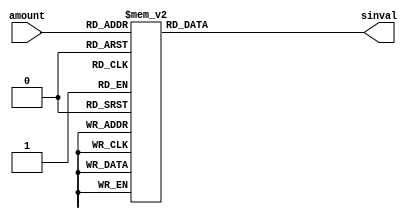
module sinLUT(amount, sinval);
  input [9:0] amount;
  output reg [23:0] sinval;

 always @(amount) begin
   case (amount)
    0: sinval <= 0;
    1: sinval <= 61419;
    2: sinval <= 122835;
    3: sinval <= 184247;
    4: sinval <= 245652;
    5: sinval <= 307048;
    6: sinval <= 368432;
    7: sinval <= 429802;
    8: sinval <= 491156;
    9: sinval <= 552491;
    10: sinval <= 613806;
    11: sinval <= 675097;
    12: sinval <= 736363;
    13: sinval <= 797602;
    14: sinval <= 858810;
    15: sinval <= 919985;
    16: sinval <= 981126;
    17: sinval <= 1042230;
    18: sinval <= 1103295;
    19: sinval <= 1164318;
    20: sinval <= 1225297;
    21: sinval <= 1286230;
    22: sinval <= 1347115;
    23: sinval <= 1407948;
    24: sinval <= 1468729;
    25: sinval <= 1529454;
    26: sinval <= 1590121;
    27: sinval <= 1650728;
    28: sinval <= 1711274;
    29: sinval <= 1771754;
    30: sinval <= 1832168;
    31: sinval <= 1892512;
    32: sinval <= 1952786;
    33: sinval <= 2012985;
    34: sinval <= 2073109;
    35: sinval <= 2133154;
    36: sinval <= 2193119;
    37: sinval <= 2253001;
    38: sinval <= 2312799;
    39: sinval <= 2372509;
    40: sinval <= 2432129;
    41: sinval <= 2491658;
    42: sinval <= 2551092;
    43: sinval <= 2610431;
    44: sinval <= 2669671;
    45: sinval <= 2728810;
    46: sinval <= 2787847;
    47: sinval <= 2846778;
    48: sinval <= 2905602;
    49: sinval <= 2964316;
    50: sinval <= 3022918;
    51: sinval <= 3081407;
    52: sinval <= 3139779;
    53: sinval <= 3198032;
    54: sinval <= 3256165;
    55: sinval <= 3314176;
    56: sinval <= 3372061;
    57: sinval <= 3429819;
    58: sinval <= 3487447;
    59: sinval <= 3544944;
    60: sinval <= 3602308;
    61: sinval <= 3659535;
    62: sinval <= 3716625;
    63: sinval <= 3773574;
    64: sinval <= 3830381;
    65: sinval <= 3887043;
    66: sinval <= 3943559;
    67: sinval <= 3999925;
    68: sinval <= 4056142;
    69: sinval <= 4112205;
    70: sinval <= 4168112;
    71: sinval <= 4223863;
    72: sinval <= 4279454;
    73: sinval <= 4334884;
    74: sinval <= 4390151;
    75: sinval <= 4445251;
    76: sinval <= 4500185;
    77: sinval <= 4554948;
    78: sinval <= 4609539;
    79: sinval <= 4663957;
    80: sinval <= 4718199;
    81: sinval <= 4772262;
    82: sinval <= 4826146;
    83: sinval <= 4879848;
    84: sinval <= 4933365;
    85: sinval <= 4986696;
    86: sinval <= 5039840;
    87: sinval <= 5092793;
    88: sinval <= 5145554;
    89: sinval <= 5198121;
    90: sinval <= 5250492;
    91: sinval <= 5302665;
    92: sinval <= 5354637;
    93: sinval <= 5406408;
    94: sinval <= 5457975;
    95: sinval <= 5509336;
    96: sinval <= 5560489;
    97: sinval <= 5611432;
    98: sinval <= 5662164;
    99: sinval <= 5712682;
    100: sinval <= 5762985;
    101: sinval <= 5813070;
    102: sinval <= 5862936;
    103: sinval <= 5912581;
    104: sinval <= 5962002;
    105: sinval <= 6011199;
    106: sinval <= 6060169;
    107: sinval <= 6108910;
    108: sinval <= 6157421;
    109: sinval <= 6205700;
    110: sinval <= 6253745;
    111: sinval <= 6301553;
    112: sinval <= 6349124;
    113: sinval <= 6396456;
    114: sinval <= 6443546;
    115: sinval <= 6490393;
    116: sinval <= 6536995;
    117: sinval <= 6583351;
    118: sinval <= 6629458;
    119: sinval <= 6675315;
    120: sinval <= 6720921;
    121: sinval <= 6766273;
    122: sinval <= 6811369;
    123: sinval <= 6856209;
    124: sinval <= 6900790;
    125: sinval <= 6945111;
    126: sinval <= 6989170;
    127: sinval <= 7032965;
    128: sinval <= 7076494;
    129: sinval <= 7119757;
    130: sinval <= 7162752;
    131: sinval <= 7205476;
    132: sinval <= 7247928;
    133: sinval <= 7290107;
    134: sinval <= 7332011;
    135: sinval <= 7373638;
    136: sinval <= 7414987;
    137: sinval <= 7456056;
    138: sinval <= 7496844;
    139: sinval <= 7537350;
    140: sinval <= 7577571;
    141: sinval <= 7617506;
    142: sinval <= 7657153;
    143: sinval <= 7696512;
    144: sinval <= 7735581;
    145: sinval <= 7774358;
    146: sinval <= 7812841;
    147: sinval <= 7851030;
    148: sinval <= 7888923;
    149: sinval <= 7926518;
    150: sinval <= 7963814;
    151: sinval <= 8000809;
    152: sinval <= 8037503;
    153: sinval <= 8073893;
    154: sinval <= 8109979;
    155: sinval <= 8145760;
    156: sinval <= 8181232;
    157: sinval <= 8216396;
    158: sinval <= 8251251;
    159: sinval <= 8285794;
    160: sinval <= 8320024;
    161: sinval <= 8353940;
    162: sinval <= 8387542;
    163: sinval <= 8420827;
    164: sinval <= 8453794;
    165: sinval <= 8486443;
    166: sinval <= 8518771;
    167: sinval <= 8550778;
    168: sinval <= 8582462;
    169: sinval <= 8613823;
    170: sinval <= 8644858;
    171: sinval <= 8675568;
    172: sinval <= 8705950;
    173: sinval <= 8736004;
    174: sinval <= 8765728;
    175: sinval <= 8795122;
    176: sinval <= 8824184;
    177: sinval <= 8852913;
    178: sinval <= 8881308;
    179: sinval <= 8909368;
    180: sinval <= 8937092;
    181: sinval <= 8964479;
    182: sinval <= 8991527;
    183: sinval <= 9018237;
    184: sinval <= 9044606;
    185: sinval <= 9070634;
    186: sinval <= 9096320;
    187: sinval <= 9121663;
    188: sinval <= 9146661;
    189: sinval <= 9171315;
    190: sinval <= 9195623;
    191: sinval <= 9219583;
    192: sinval <= 9243196;
    193: sinval <= 9266460;
    194: sinval <= 9289375;
    195: sinval <= 9311939;
    196: sinval <= 9334152;
    197: sinval <= 9356013;
    198: sinval <= 9377521;
    199: sinval <= 9398676;
    200: sinval <= 9419475;
    201: sinval <= 9439920;
    202: sinval <= 9460008;
    203: sinval <= 9479739;
    204: sinval <= 9499113;
    205: sinval <= 9518128;
    206: sinval <= 9536785;
    207: sinval <= 9555081;
    208: sinval <= 9573017;
    209: sinval <= 9590592;
    210: sinval <= 9607806;
    211: sinval <= 9624657;
    212: sinval <= 9641144;
    213: sinval <= 9657268;
    214: sinval <= 9673028;
    215: sinval <= 9688423;
    216: sinval <= 9703452;
    217: sinval <= 9718116;
    218: sinval <= 9732412;
    219: sinval <= 9746342;
    220: sinval <= 9759904;
    221: sinval <= 9773098;
    222: sinval <= 9785923;
    223: sinval <= 9798379;
    224: sinval <= 9810465;
    225: sinval <= 9822181;
    226: sinval <= 9833527;
    227: sinval <= 9844502;
    228: sinval <= 9855105;
    229: sinval <= 9865337;
    230: sinval <= 9875196;
    231: sinval <= 9884683;
    232: sinval <= 9893797;
    233: sinval <= 9902538;
    234: sinval <= 9910905;
    235: sinval <= 9918899;
    236: sinval <= 9926518;
    237: sinval <= 9933763;
    238: sinval <= 9940633;
    239: sinval <= 9947128;
    240: sinval <= 9953248;
    241: sinval <= 9958992;
    242: sinval <= 9964361;
    243: sinval <= 9969354;
    244: sinval <= 9973971;
    245: sinval <= 9978211;
    246: sinval <= 9982075;
    247: sinval <= 9985563;
    248: sinval <= 9988673;
    249: sinval <= 9991407;
    250: sinval <= 9993765;
    251: sinval <= 9995745;
    252: sinval <= 9997348;
    253: sinval <= 9998574;
    254: sinval <= 9999422;
    255: sinval <= 9999894;
    256: sinval <= 9999988;
    257: sinval <= 9999705;
    258: sinval <= 9999045;
    259: sinval <= 9998008;
    260: sinval <= 9996593;
    261: sinval <= 9994802;
    262: sinval <= 9992633;
    263: sinval <= 9990088;
    264: sinval <= 9987165;
    265: sinval <= 9983866;
    266: sinval <= 9980190;
    267: sinval <= 9976138;
    268: sinval <= 9971709;
    269: sinval <= 9966904;
    270: sinval <= 9961724;
    271: sinval <= 9956167;
    272: sinval <= 9950235;
    273: sinval <= 9943927;
    274: sinval <= 9937245;
    275: sinval <= 9930187;
    276: sinval <= 9922755;
    277: sinval <= 9914949;
    278: sinval <= 9906769;
    279: sinval <= 9898214;
    280: sinval <= 9889287;
    281: sinval <= 9879986;
    282: sinval <= 9870313;
    283: sinval <= 9860267;
    284: sinval <= 9849850;
    285: sinval <= 9839061;
    286: sinval <= 9827901;
    287: sinval <= 9816369;
    288: sinval <= 9804468;
    289: sinval <= 9792197;
    290: sinval <= 9779556;
    291: sinval <= 9766547;
    292: sinval <= 9753169;
    293: sinval <= 9739423;
    294: sinval <= 9725310;
    295: sinval <= 9710830;
    296: sinval <= 9695983;
    297: sinval <= 9680771;
    298: sinval <= 9665194;
    299: sinval <= 9649252;
    300: sinval <= 9632946;
    301: sinval <= 9616276;
    302: sinval <= 9599244;
    303: sinval <= 9581850;
    304: sinval <= 9564094;
    305: sinval <= 9545978;
    306: sinval <= 9527501;
    307: sinval <= 9508665;
    308: sinval <= 9489471;
    309: sinval <= 9469918;
    310: sinval <= 9450008;
    311: sinval <= 9429742;
    312: sinval <= 9409120;
    313: sinval <= 9388143;
    314: sinval <= 9366812;
    315: sinval <= 9345127;
    316: sinval <= 9323090;
    317: sinval <= 9300701;
    318: sinval <= 9277962;
    319: sinval <= 9254872;
    320: sinval <= 9231433;
    321: sinval <= 9207646;
    322: sinval <= 9183512;
    323: sinval <= 9159031;
    324: sinval <= 9134205;
    325: sinval <= 9109034;
    326: sinval <= 9083520;
    327: sinval <= 9057663;
    328: sinval <= 9031464;
    329: sinval <= 9004925;
    330: sinval <= 8978045;
    331: sinval <= 8950828;
    332: sinval <= 8923272;
    333: sinval <= 8895380;
    334: sinval <= 8867152;
    335: sinval <= 8838590;
    336: sinval <= 8809695;
    337: sinval <= 8780467;
    338: sinval <= 8750908;
    339: sinval <= 8721018;
    340: sinval <= 8690800;
    341: sinval <= 8660254;
    342: sinval <= 8629381;
    343: sinval <= 8598183;
    344: sinval <= 8566660;
    345: sinval <= 8534815;
    346: sinval <= 8502647;
    347: sinval <= 8470158;
    348: sinval <= 8437350;
    349: sinval <= 8404224;
    350: sinval <= 8370781;
    351: sinval <= 8337022;
    352: sinval <= 8302948;
    353: sinval <= 8268561;
    354: sinval <= 8233862;
    355: sinval <= 8198853;
    356: sinval <= 8163534;
    357: sinval <= 8127908;
    358: sinval <= 8091975;
    359: sinval <= 8055736;
    360: sinval <= 8019194;
    361: sinval <= 7982349;
    362: sinval <= 7945203;
    363: sinval <= 7907757;
    364: sinval <= 7870013;
    365: sinval <= 7831973;
    366: sinval <= 7793636;
    367: sinval <= 7755006;
    368: sinval <= 7716083;
    369: sinval <= 7676869;
    370: sinval <= 7637366;
    371: sinval <= 7597574;
    372: sinval <= 7557496;
    373: sinval <= 7517132;
    374: sinval <= 7476486;
    375: sinval <= 7435557;
    376: sinval <= 7394347;
    377: sinval <= 7352859;
    378: sinval <= 7311093;
    379: sinval <= 7269052;
    380: sinval <= 7226736;
    381: sinval <= 7184147;
    382: sinval <= 7141288;
    383: sinval <= 7098159;
    384: sinval <= 7054763;
    385: sinval <= 7011100;
    386: sinval <= 6967173;
    387: sinval <= 6922983;
    388: sinval <= 6878532;
    389: sinval <= 6833821;
    390: sinval <= 6788853;
    391: sinval <= 6743629;
    392: sinval <= 6698150;
    393: sinval <= 6652418;
    394: sinval <= 6606436;
    395: sinval <= 6560204;
    396: sinval <= 6513725;
    397: sinval <= 6467000;
    398: sinval <= 6420031;
    399: sinval <= 6372820;
    400: sinval <= 6325369;
    401: sinval <= 6277679;
    402: sinval <= 6229752;
    403: sinval <= 6181590;
    404: sinval <= 6133195;
    405: sinval <= 6084568;
    406: sinval <= 6035712;
    407: sinval <= 5986629;
    408: sinval <= 5937319;
    409: sinval <= 5887786;
    410: sinval <= 5838030;
    411: sinval <= 5788055;
    412: sinval <= 5737860;
    413: sinval <= 5687450;
    414: sinval <= 5636825;
    415: sinval <= 5585987;
    416: sinval <= 5534939;
    417: sinval <= 5483681;
    418: sinval <= 5432217;
    419: sinval <= 5380548;
    420: sinval <= 5328676;
    421: sinval <= 5276603;
    422: sinval <= 5224331;
    423: sinval <= 5171862;
    424: sinval <= 5119198;
    425: sinval <= 5066340;
    426: sinval <= 5013292;
    427: sinval <= 4960054;
    428: sinval <= 4906629;
    429: sinval <= 4853020;
    430: sinval <= 4799227;
    431: sinval <= 4745253;
    432: sinval <= 4691100;
    433: sinval <= 4636770;
    434: sinval <= 4582265;
    435: sinval <= 4527588;
    436: sinval <= 4472739;
    437: sinval <= 4417722;
    438: sinval <= 4362538;
    439: sinval <= 4307190;
    440: sinval <= 4251679;
    441: sinval <= 4196008;
    442: sinval <= 4140178;
    443: sinval <= 4084192;
    444: sinval <= 4028052;
    445: sinval <= 3971761;
    446: sinval <= 3915319;
    447: sinval <= 3858730;
    448: sinval <= 3801995;
    449: sinval <= 3745117;
    450: sinval <= 3688097;
    451: sinval <= 3630939;
    452: sinval <= 3573643;
    453: sinval <= 3516213;
    454: sinval <= 3458649;
    455: sinval <= 3400956;
    456: sinval <= 3343134;
    457: sinval <= 3285186;
    458: sinval <= 3227114;
    459: sinval <= 3168921;
    460: sinval <= 3110607;
    461: sinval <= 3052177;
    462: sinval <= 2993631;
    463: sinval <= 2934973;
    464: sinval <= 2876203;
    465: sinval <= 2817326;
    466: sinval <= 2758341;
    467: sinval <= 2699253;
    468: sinval <= 2640063;
    469: sinval <= 2580774;
    470: sinval <= 2521387;
    471: sinval <= 2461905;
    472: sinval <= 2402330;
    473: sinval <= 2342665;
    474: sinval <= 2282911;
    475: sinval <= 2223071;
    476: sinval <= 2163147;
    477: sinval <= 2103141;
    478: sinval <= 2043057;
    479: sinval <= 1982895;
    480: sinval <= 1922658;
    481: sinval <= 1862349;
    482: sinval <= 1801969;
    483: sinval <= 1741522;
    484: sinval <= 1681009;
    485: sinval <= 1620432;
    486: sinval <= 1559795;
    487: sinval <= 1499098;
    488: sinval <= 1438345;
    489: sinval <= 1377538;
    490: sinval <= 1316679;
    491: sinval <= 1255770;
    492: sinval <= 1194813;
    493: sinval <= 1133812;
    494: sinval <= 1072768;
    495: sinval <= 1011683;
    496: sinval <= 950560;
    497: sinval <= 889402;
    498: sinval <= 828210;
    499: sinval <= 766986;
    500: sinval <= 705734;
    501: sinval <= 644455;
    502: sinval <= 583151;
    503: sinval <= 521826;
    504: sinval <= 460481;
    505: sinval <= 399119;
    506: sinval <= 337741;
    507: sinval <= 276351;
    508: sinval <= 214951;
    509: sinval <= 153542;
    510: sinval <= 92128;
    511: sinval <= 30710;
    512: sinval <= -30710;
    513: sinval <= -92128;
    514: sinval <= -153542;
    515: sinval <= -214951;
    516: sinval <= -276351;
    517: sinval <= -337741;
    518: sinval <= -399119;
    519: sinval <= -460481;
    520: sinval <= -521826;
    521: sinval <= -583151;
    522: sinval <= -644455;
    523: sinval <= -705734;
    524: sinval <= -766986;
    525: sinval <= -828210;
    526: sinval <= -889402;
    527: sinval <= -950560;
    528: sinval <= -1011683;
    529: sinval <= -1072768;
    530: sinval <= -1133812;
    531: sinval <= -1194813;
    532: sinval <= -1255770;
    533: sinval <= -1316679;
    534: sinval <= -1377538;
    535: sinval <= -1438345;
    536: sinval <= -1499098;
    537: sinval <= -1559795;
    538: sinval <= -1620432;
    539: sinval <= -1681009;
    540: sinval <= -1741522;
    541: sinval <= -1801969;
    542: sinval <= -1862349;
    543: sinval <= -1922658;
    544: sinval <= -1982895;
    545: sinval <= -2043057;
    546: sinval <= -2103141;
    547: sinval <= -2163147;
    548: sinval <= -2223071;
    549: sinval <= -2282911;
    550: sinval <= -2342665;
    551: sinval <= -2402330;
    552: sinval <= -2461905;
    553: sinval <= -2521387;
    554: sinval <= -2580774;
    555: sinval <= -2640063;
    556: sinval <= -2699253;
    557: sinval <= -2758341;
    558: sinval <= -2817326;
    559: sinval <= -2876203;
    560: sinval <= -2934973;
    561: sinval <= -2993631;
    562: sinval <= -3052177;
    563: sinval <= -3110607;
    564: sinval <= -3168921;
    565: sinval <= -3227114;
    566: sinval <= -3285186;
    567: sinval <= -3343134;
    568: sinval <= -3400956;
    569: sinval <= -3458649;
    570: sinval <= -3516213;
    571: sinval <= -3573643;
    572: sinval <= -3630939;
    573: sinval <= -3688097;
    574: sinval <= -3745117;
    575: sinval <= -3801995;
    576: sinval <= -3858730;
    577: sinval <= -3915319;
    578: sinval <= -3971761;
    579: sinval <= -4028052;
    580: sinval <= -4084192;
    581: sinval <= -4140178;
    582: sinval <= -4196008;
    583: sinval <= -4251679;
    584: sinval <= -4307190;
    585: sinval <= -4362538;
    586: sinval <= -4417722;
    587: sinval <= -4472739;
    588: sinval <= -4527588;
    589: sinval <= -4582265;
    590: sinval <= -4636770;
    591: sinval <= -4691100;
    592: sinval <= -4745253;
    593: sinval <= -4799227;
    594: sinval <= -4853020;
    595: sinval <= -4906629;
    596: sinval <= -4960054;
    597: sinval <= -5013292;
    598: sinval <= -5066340;
    599: sinval <= -5119198;
    600: sinval <= -5171862;
    601: sinval <= -5224331;
    602: sinval <= -5276603;
    603: sinval <= -5328676;
    604: sinval <= -5380548;
    605: sinval <= -5432217;
    606: sinval <= -5483681;
    607: sinval <= -5534939;
    608: sinval <= -5585987;
    609: sinval <= -5636825;
    610: sinval <= -5687450;
    611: sinval <= -5737860;
    612: sinval <= -5788055;
    613: sinval <= -5838030;
    614: sinval <= -5887786;
    615: sinval <= -5937319;
    616: sinval <= -5986629;
    617: sinval <= -6035712;
    618: sinval <= -6084568;
    619: sinval <= -6133195;
    620: sinval <= -6181590;
    621: sinval <= -6229752;
    622: sinval <= -6277679;
    623: sinval <= -6325369;
    624: sinval <= -6372820;
    625: sinval <= -6420031;
    626: sinval <= -6467000;
    627: sinval <= -6513725;
    628: sinval <= -6560204;
    629: sinval <= -6606436;
    630: sinval <= -6652418;
    631: sinval <= -6698150;
    632: sinval <= -6743629;
    633: sinval <= -6788853;
    634: sinval <= -6833821;
    635: sinval <= -6878532;
    636: sinval <= -6922983;
    637: sinval <= -6967173;
    638: sinval <= -7011100;
    639: sinval <= -7054763;
    640: sinval <= -7098159;
    641: sinval <= -7141288;
    642: sinval <= -7184147;
    643: sinval <= -7226736;
    644: sinval <= -7269052;
    645: sinval <= -7311093;
    646: sinval <= -7352859;
    647: sinval <= -7394347;
    648: sinval <= -7435557;
    649: sinval <= -7476486;
    650: sinval <= -7517132;
    651: sinval <= -7557496;
    652: sinval <= -7597574;
    653: sinval <= -7637366;
    654: sinval <= -7676869;
    655: sinval <= -7716083;
    656: sinval <= -7755006;
    657: sinval <= -7793636;
    658: sinval <= -7831973;
    659: sinval <= -7870013;
    660: sinval <= -7907757;
    661: sinval <= -7945203;
    662: sinval <= -7982349;
    663: sinval <= -8019194;
    664: sinval <= -8055736;
    665: sinval <= -8091975;
    666: sinval <= -8127908;
    667: sinval <= -8163534;
    668: sinval <= -8198853;
    669: sinval <= -8233862;
    670: sinval <= -8268561;
    671: sinval <= -8302948;
    672: sinval <= -8337022;
    673: sinval <= -8370781;
    674: sinval <= -8404224;
    675: sinval <= -8437350;
    676: sinval <= -8470158;
    677: sinval <= -8502647;
    678: sinval <= -8534815;
    679: sinval <= -8566660;
    680: sinval <= -8598183;
    681: sinval <= -8629381;
    682: sinval <= -8660254;
    683: sinval <= -8690800;
    684: sinval <= -8721018;
    685: sinval <= -8750908;
    686: sinval <= -8780467;
    687: sinval <= -8809695;
    688: sinval <= -8838590;
    689: sinval <= -8867152;
    690: sinval <= -8895380;
    691: sinval <= -8923272;
    692: sinval <= -8950828;
    693: sinval <= -8978045;
    694: sinval <= -9004925;
    695: sinval <= -9031464;
    696: sinval <= -9057663;
    697: sinval <= -9083520;
    698: sinval <= -9109034;
    699: sinval <= -9134205;
    700: sinval <= -9159031;
    701: sinval <= -9183512;
    702: sinval <= -9207646;
    703: sinval <= -9231433;
    704: sinval <= -9254872;
    705: sinval <= -9277962;
    706: sinval <= -9300701;
    707: sinval <= -9323090;
    708: sinval <= -9345127;
    709: sinval <= -9366812;
    710: sinval <= -9388143;
    711: sinval <= -9409120;
    712: sinval <= -9429742;
    713: sinval <= -9450008;
    714: sinval <= -9469918;
    715: sinval <= -9489471;
    716: sinval <= -9508665;
    717: sinval <= -9527501;
    718: sinval <= -9545978;
    719: sinval <= -9564094;
    720: sinval <= -9581850;
    721: sinval <= -9599244;
    722: sinval <= -9616276;
    723: sinval <= -9632946;
    724: sinval <= -9649252;
    725: sinval <= -9665194;
    726: sinval <= -9680771;
    727: sinval <= -9695983;
    728: sinval <= -9710830;
    729: sinval <= -9725310;
    730: sinval <= -9739423;
    731: sinval <= -9753169;
    732: sinval <= -9766547;
    733: sinval <= -9779556;
    734: sinval <= -9792197;
    735: sinval <= -9804468;
    736: sinval <= -9816369;
    737: sinval <= -9827901;
    738: sinval <= -9839061;
    739: sinval <= -9849850;
    740: sinval <= -9860267;
    741: sinval <= -9870313;
    742: sinval <= -9879986;
    743: sinval <= -9889287;
    744: sinval <= -9898214;
    745: sinval <= -9906769;
    746: sinval <= -9914949;
    747: sinval <= -9922755;
    748: sinval <= -9930187;
    749: sinval <= -9937245;
    750: sinval <= -9943927;
    751: sinval <= -9950235;
    752: sinval <= -9956167;
    753: sinval <= -9961724;
    754: sinval <= -9966904;
    755: sinval <= -9971709;
    756: sinval <= -9976138;
    757: sinval <= -9980190;
    758: sinval <= -9983866;
    759: sinval <= -9987165;
    760: sinval <= -9990088;
    761: sinval <= -9992633;
    762: sinval <= -9994802;
    763: sinval <= -9996593;
    764: sinval <= -9998008;
    765: sinval <= -9999045;
    766: sinval <= -9999705;
    767: sinval <= -9999988;
    768: sinval <= -9999894;
    769: sinval <= -9999422;
    770: sinval <= -9998574;
    771: sinval <= -9997348;
    772: sinval <= -9995745;
    773: sinval <= -9993765;
    774: sinval <= -9991407;
    775: sinval <= -9988673;
    776: sinval <= -9985563;
    777: sinval <= -9982075;
    778: sinval <= -9978211;
    779: sinval <= -9973971;
    780: sinval <= -9969354;
    781: sinval <= -9964361;
    782: sinval <= -9958992;
    783: sinval <= -9953248;
    784: sinval <= -9947128;
    785: sinval <= -9940633;
    786: sinval <= -9933763;
    787: sinval <= -9926518;
    788: sinval <= -9918899;
    789: sinval <= -9910905;
    790: sinval <= -9902538;
    791: sinval <= -9893797;
    792: sinval <= -9884683;
    793: sinval <= -9875196;
    794: sinval <= -9865337;
    795: sinval <= -9855105;
    796: sinval <= -9844502;
    797: sinval <= -9833527;
    798: sinval <= -9822181;
    799: sinval <= -9810465;
    800: sinval <= -9798379;
    801: sinval <= -9785923;
    802: sinval <= -9773098;
    803: sinval <= -9759904;
    804: sinval <= -9746342;
    805: sinval <= -9732412;
    806: sinval <= -9718116;
    807: sinval <= -9703452;
    808: sinval <= -9688423;
    809: sinval <= -9673028;
    810: sinval <= -9657268;
    811: sinval <= -9641144;
    812: sinval <= -9624657;
    813: sinval <= -9607806;
    814: sinval <= -9590592;
    815: sinval <= -9573017;
    816: sinval <= -9555081;
    817: sinval <= -9536785;
    818: sinval <= -9518128;
    819: sinval <= -9499113;
    820: sinval <= -9479739;
    821: sinval <= -9460008;
    822: sinval <= -9439920;
    823: sinval <= -9419475;
    824: sinval <= -9398676;
    825: sinval <= -9377521;
    826: sinval <= -9356013;
    827: sinval <= -9334152;
    828: sinval <= -9311939;
    829: sinval <= -9289375;
    830: sinval <= -9266460;
    831: sinval <= -9243196;
    832: sinval <= -9219583;
    833: sinval <= -9195623;
    834: sinval <= -9171315;
    835: sinval <= -9146661;
    836: sinval <= -9121663;
    837: sinval <= -9096320;
    838: sinval <= -9070634;
    839: sinval <= -9044606;
    840: sinval <= -9018237;
    841: sinval <= -8991527;
    842: sinval <= -8964479;
    843: sinval <= -8937092;
    844: sinval <= -8909368;
    845: sinval <= -8881308;
    846: sinval <= -8852913;
    847: sinval <= -8824184;
    848: sinval <= -8795122;
    849: sinval <= -8765728;
    850: sinval <= -8736004;
    851: sinval <= -8705950;
    852: sinval <= -8675568;
    853: sinval <= -8644858;
    854: sinval <= -8613823;
    855: sinval <= -8582462;
    856: sinval <= -8550778;
    857: sinval <= -8518771;
    858: sinval <= -8486443;
    859: sinval <= -8453794;
    860: sinval <= -8420827;
    861: sinval <= -8387542;
    862: sinval <= -8353940;
    863: sinval <= -8320024;
    864: sinval <= -8285794;
    865: sinval <= -8251251;
    866: sinval <= -8216396;
    867: sinval <= -8181232;
    868: sinval <= -8145760;
    869: sinval <= -8109979;
    870: sinval <= -8073893;
    871: sinval <= -8037503;
    872: sinval <= -8000809;
    873: sinval <= -7963814;
    874: sinval <= -7926518;
    875: sinval <= -7888923;
    876: sinval <= -7851030;
    877: sinval <= -7812841;
    878: sinval <= -7774358;
    879: sinval <= -7735581;
    880: sinval <= -7696512;
    881: sinval <= -7657153;
    882: sinval <= -7617506;
    883: sinval <= -7577571;
    884: sinval <= -7537350;
    885: sinval <= -7496844;
    886: sinval <= -7456056;
    887: sinval <= -7414987;
    888: sinval <= -7373638;
    889: sinval <= -7332011;
    890: sinval <= -7290107;
    891: sinval <= -7247928;
    892: sinval <= -7205476;
    893: sinval <= -7162752;
    894: sinval <= -7119757;
    895: sinval <= -7076494;
    896: sinval <= -7032965;
    897: sinval <= -6989170;
    898: sinval <= -6945111;
    899: sinval <= -6900790;
    900: sinval <= -6856209;
    901: sinval <= -6811369;
    902: sinval <= -6766273;
    903: sinval <= -6720921;
    904: sinval <= -6675315;
    905: sinval <= -6629458;
    906: sinval <= -6583351;
    907: sinval <= -6536995;
    908: sinval <= -6490393;
    909: sinval <= -6443546;
    910: sinval <= -6396456;
    911: sinval <= -6349124;
    912: sinval <= -6301553;
    913: sinval <= -6253745;
    914: sinval <= -6205700;
    915: sinval <= -6157421;
    916: sinval <= -6108910;
    917: sinval <= -6060169;
    918: sinval <= -6011199;
    919: sinval <= -5962002;
    920: sinval <= -5912581;
    921: sinval <= -5862936;
    922: sinval <= -5813070;
    923: sinval <= -5762985;
    924: sinval <= -5712682;
    925: sinval <= -5662164;
    926: sinval <= -5611432;
    927: sinval <= -5560489;
    928: sinval <= -5509336;
    929: sinval <= -5457975;
    930: sinval <= -5406408;
    931: sinval <= -5354637;
    932: sinval <= -5302665;
    933: sinval <= -5250492;
    934: sinval <= -5198121;
    935: sinval <= -5145554;
    936: sinval <= -5092793;
    937: sinval <= -5039840;
    938: sinval <= -4986696;
    939: sinval <= -4933365;
    940: sinval <= -4879848;
    941: sinval <= -4826146;
    942: sinval <= -4772262;
    943: sinval <= -4718199;
    944: sinval <= -4663957;
    945: sinval <= -4609539;
    946: sinval <= -4554948;
    947: sinval <= -4500185;
    948: sinval <= -4445251;
    949: sinval <= -4390151;
    950: sinval <= -4334884;
    951: sinval <= -4279454;
    952: sinval <= -4223863;
    953: sinval <= -4168112;
    954: sinval <= -4112205;
    955: sinval <= -4056142;
    956: sinval <= -3999925;
    957: sinval <= -3943559;
    958: sinval <= -3887043;
    959: sinval <= -3830381;
    960: sinval <= -3773574;
    961: sinval <= -3716625;
    962: sinval <= -3659535;
    963: sinval <= -3602308;
    964: sinval <= -3544944;
    965: sinval <= -3487447;
    966: sinval <= -3429819;
    967: sinval <= -3372061;
    968: sinval <= -3314176;
    969: sinval <= -3256165;
    970: sinval <= -3198032;
    971: sinval <= -3139779;
    972: sinval <= -3081407;
    973: sinval <= -3022918;
    974: sinval <= -2964316;
    975: sinval <= -2905602;
    976: sinval <= -2846778;
    977: sinval <= -2787847;
    978: sinval <= -2728810;
    979: sinval <= -2669671;
    980: sinval <= -2610431;
    981: sinval <= -2551092;
    982: sinval <= -2491658;
    983: sinval <= -2432129;
    984: sinval <= -2372509;
    985: sinval <= -2312799;
    986: sinval <= -2253001;
    987: sinval <= -2193119;
    988: sinval <= -2133154;
    989: sinval <= -2073109;
    990: sinval <= -2012985;
    991: sinval <= -1952786;
    992: sinval <= -1892512;
    993: sinval <= -1832168;
    994: sinval <= -1771754;
    995: sinval <= -1711274;
    996: sinval <= -1650728;
    997: sinval <= -1590121;
    998: sinval <= -1529454;
    999: sinval <= -1468729;
    1000: sinval <= -1407948;
    1001: sinval <= -1347115;
    1002: sinval <= -1286230;
    1003: sinval <= -1225297;
    1004: sinval <= -1164318;
    1005: sinval <= -1103295;
    1006: sinval <= -1042230;
    1007: sinval <= -981126;
    1008: sinval <= -919985;
    1009: sinval <= -858810;
    1010: sinval <= -797602;
    1011: sinval <= -736363;
    1012: sinval <= -675097;
    1013: sinval <= -613806;
    1014: sinval <= -552491;
    1015: sinval <= -491156;
    1016: sinval <= -429802;
    1017: sinval <= -368432;
    1018: sinval <= -307048;
    1019: sinval <= -245652;
    1020: sinval <= -184247;
    1021: sinval <= -122835;
    1022: sinval <= -61419;
    1023: sinval <= 0;
	 default: sinval <= 0;
   endcase
  end

endmodule